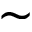
\sim